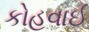
કોહવાઈ